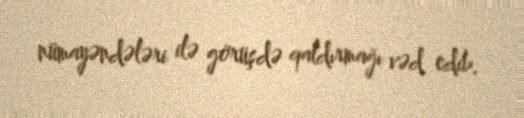
nümayəndələri ilə görüşdə qaldırmağı vəd edib.